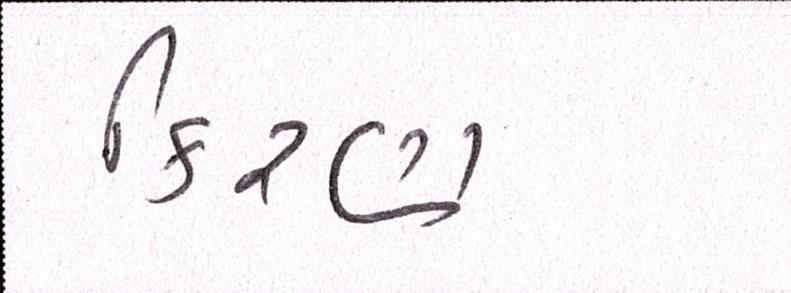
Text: કિરણ